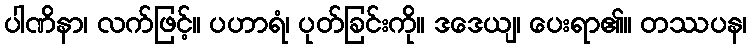
ပါဏိနာ၊ လက်ဖြင့်။ ပဟာရံ၊ ပုတ်ခြင်းကို။ ဒဒေယျ၊ ပေးရာ၏။ တဿပန၊